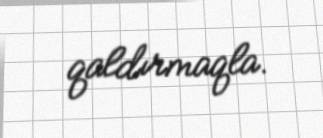
qaldırmaqla.